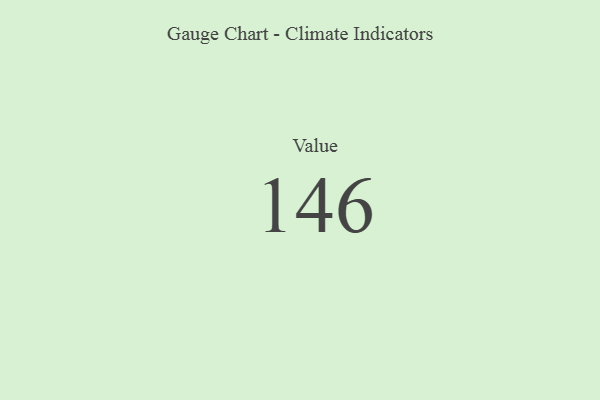
{"axis": {"x": "Metric", "y": "Value"}, "legend": [""], "data": [{"x": "Value", "y": 146, "type": ""}]}